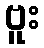
ဗူး